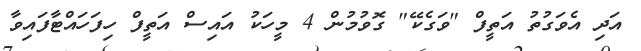
އަދި އެވަގުތު އަތީފް "ވަގެކޭ" ގޮވުމުން 4 މީހަކު އައިސް އަތީފް ހިފަހައްޓާފައިވާ